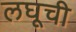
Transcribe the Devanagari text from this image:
लघूची